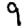
Digit: 9